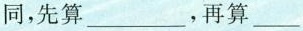
同，先算___，再算___